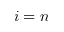
i = n